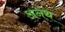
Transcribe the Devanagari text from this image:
अनंथ